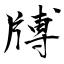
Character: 牔